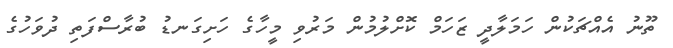
ތޫނު އެއްޗަކުން ހަމަލާދީ ޒަހަމް ކޮށްލުމުން މަރުވި މީހާގެ ހަށިގަނޑު ބުރާސްފަތި ދުވަހުގެ